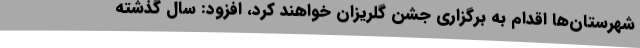
شهرستان‌ها اقدام به برگزاری جشن گلریزان خواهند کرد، افزود: سال گذشته